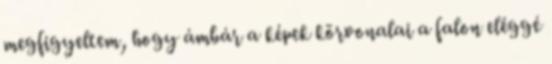
megfigyeltem, hogy ámbár a képek körvonalai a falon eléggé